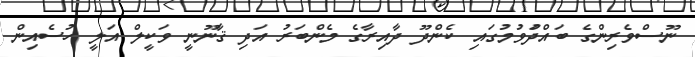
ނޫސްވެރިންގެ ބައްދަުވުމުގައި ކެންދޫ ދާއިރާގެ މެންބަރު އަދި ޤާނޫނީ ވަކީލް އަލީ ހުސެއިން